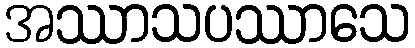
အဿာသပဿာသေ